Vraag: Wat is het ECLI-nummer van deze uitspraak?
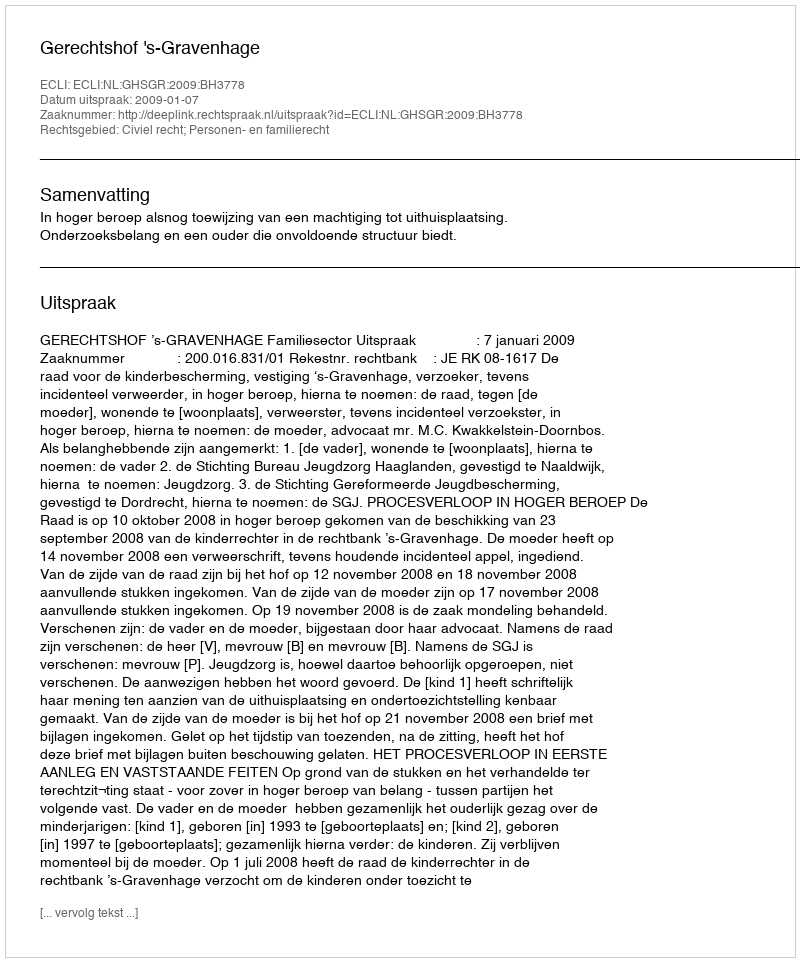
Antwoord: ECLI:NL:GHSGR:2009:BH3778